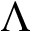
\Lambda